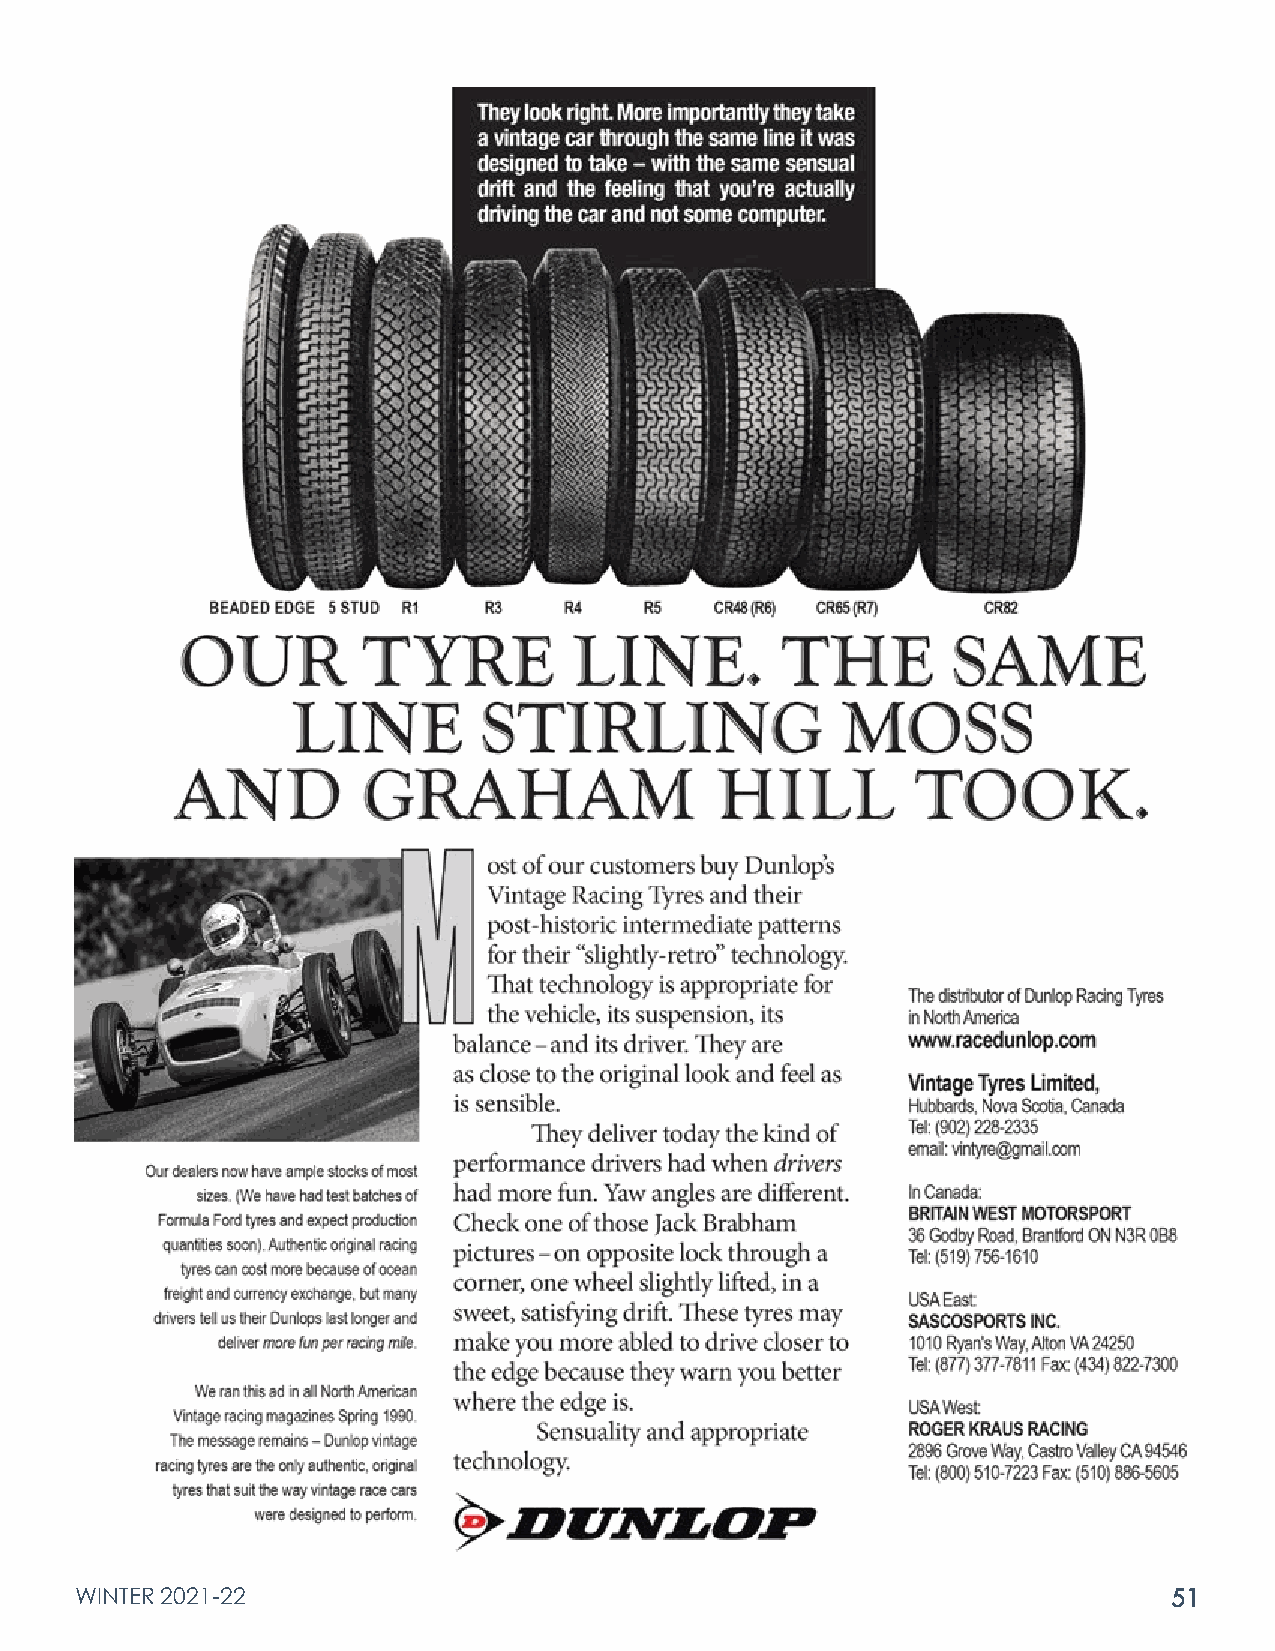
WINTER 2021-22                                                           51